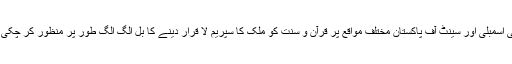
قومی اسمبلی اور سینٹ آف پاکستان مختلف مواقع پر قرآن و سنت کو ملک کا سپریم لا قرار دینے کا بل الگ الگ طور پر منظور کر چکی ہیں۔